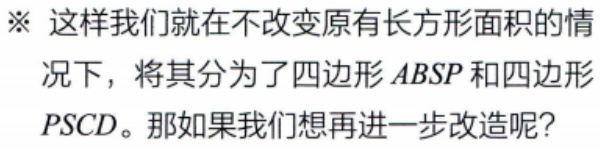
※ 这样我们就在不改变原有长方形面积的情况下，将其分为了四边形\(ABSP\)和四边形\(PSCD\)。那如果我们想再进一步改造呢？